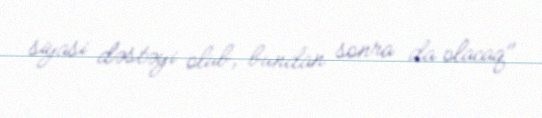
siyasi dəstəyi olub, bundan sonra da olacaq".